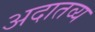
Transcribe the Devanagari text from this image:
अदातव्य